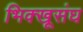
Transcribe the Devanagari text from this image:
भिक्खूसंघ